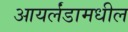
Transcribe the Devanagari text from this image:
आयर्लंडामधील